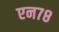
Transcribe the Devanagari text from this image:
एन७८